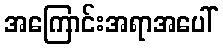
အကြောင်းအရာအပေါ်